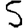
Digit: 5